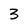
Character: 3